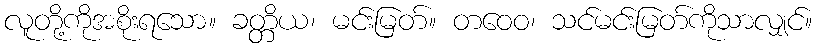
လူတို့ကိုအစိုးရသော။ ခတ္တိယ၊ မင်းမြတ်။ တဝေဝ၊ သင်မင်းမြတ်ကိုသာလျှင်။